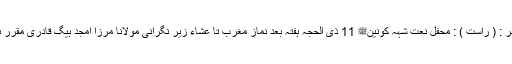
ستمبر : ( راست ) : محفل نعت شہہ کونینﷺ 11 ذی الحجہ ہفتہ بعد نماز مغرب تا عشاء زیر نگرانی مولانا مرزا امجد بیگ قادری مقرر ہے ۔